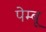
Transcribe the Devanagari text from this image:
पेम्बू